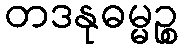
တဒနုဓမ္မဉ္စ